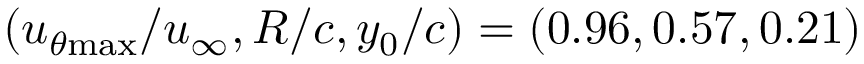
( u _ { \theta \mathrm { { m a x } } } / u _ { \infty } , R / c , y _ { 0 } / c ) = ( 0 . 9 6 , 0 . 5 7 , 0 . 2 1 )